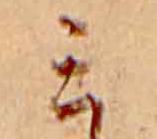
ミ